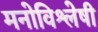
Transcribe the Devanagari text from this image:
मनोविश्लेषी